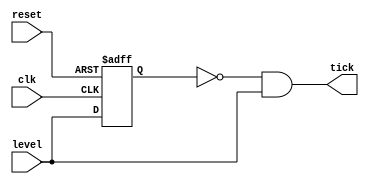
`timescale 1ns / 1ps
//////////////////////////////////////////////////////////////////////////////////
// Company: 
// Engineer: 
// 
// Design Name: 
// Module Name: edge_trigger
// Project Name: 
// Target Devices: 
// Tool Versions: 
// Description: 
// 
// Dependencies: 
// 
// Revision:
// Revision 0.01 - File Created
// Additional Comments:
// 
//////////////////////////////////////////////////////////////////////////////////


module edge_trigger
    (
    input wire clk,reset,
    input wire level,
    output wire tick
    );
    
    reg delay_reg;
    
    always@(posedge clk,posedge reset) begin
        if(reset) begin
            delay_reg <= 1'b0;
        end else begin
            delay_reg <= level;
        end
    end
    
    assign tick = ~delay_reg & level;
endmodule